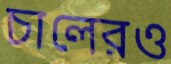
চালেরও